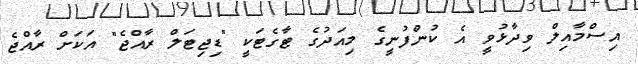
އިސްމާއިލް ވިދާޅުވީ އެ ކުންފުނީގެ މިއަދުގެ ޓާގެޓަކީ "ޑިޖިޓަލް ރާއްޖެ" އަކަށް ރާއްޖެ